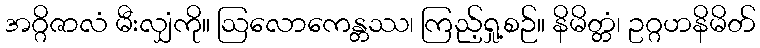
အဂ္ဂိဇာလံ မီးလျှံကို။ ဩလောကေန္တဿ၊ ကြည့်ရှု့စဉ်။ နိမိတ္တံ၊ ဥဂ္ဂဟနိမိတ်